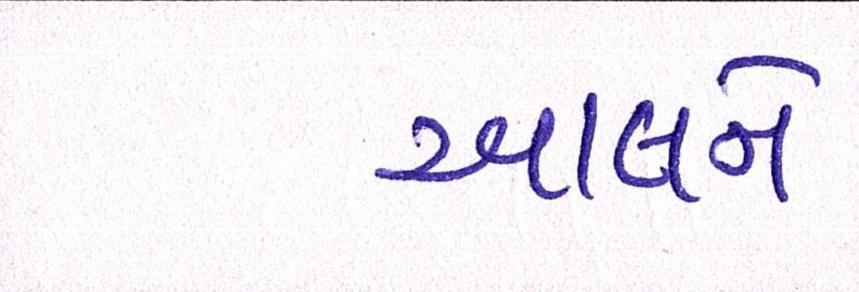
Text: આલને